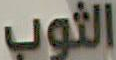
الثوب